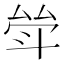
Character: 斚